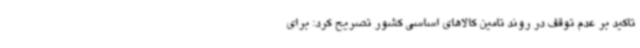
تاکید بر عدم توقف در روند تامین کالاهای اساسی کشور تصریح کرد: برای